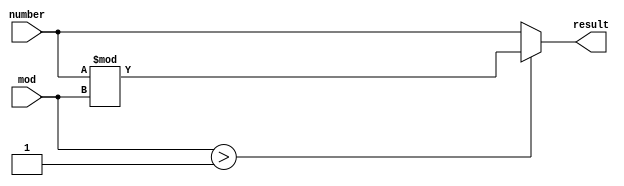
module Modulo(
	input [2:0] mod,
	input [6:0] number,
	output reg [6:0] result
);

always @(mod, number)
begin
	if(mod > 1)
		result <= number % mod;
	else
		result <= number;
end

endmodule